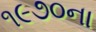
૧૯૭૦ના